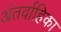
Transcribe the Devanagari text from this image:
अंतर्वाहिका